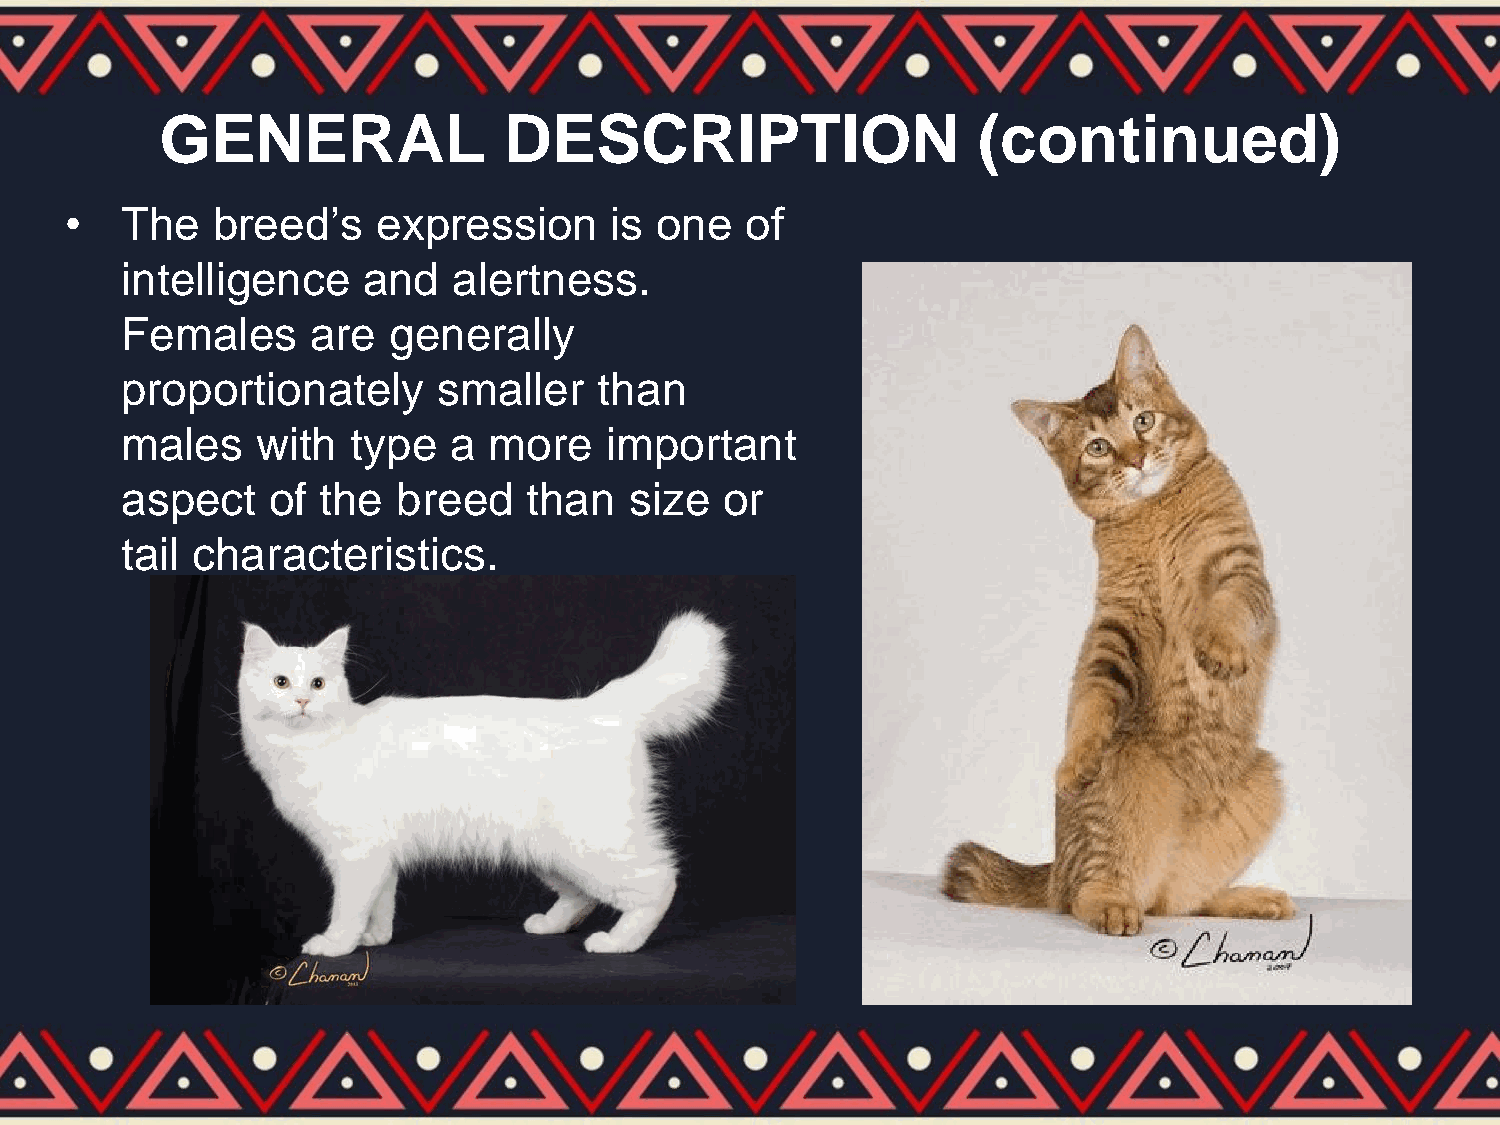
GENERAL               DESCRIPTION                     (continued)
 •   The   breed’s    expression     is one   of
 intelligence    and   alertness.
 Females      are  generally
 proportionately      smaller    than
 males    with  type   a more    important
 aspect    of the  breed    than   size  or
 tail characteristics.